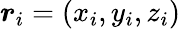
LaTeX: \boldsymbol{r}_{i}=(x_{i},y_{i},z_{i})